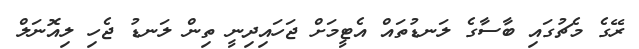
ރޭގެ މެޗުގައި ބާސާގެ ލަނޑުތައް އެޓީމަށް ޖަހައިދިނީ ތިން ލަނޑު ޖެހި ލިއޮނަލް